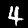
Label: 4